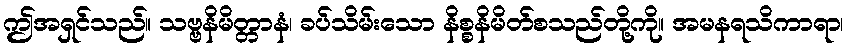
ဤအရှင်သည်။ သဗ္ဗနိမိတ္တာနံ၊ ခပ်သိမ်းသော နိစ္စနိမိတ်စသည်တို့ကို။ အမနရသိကာရာ၊